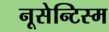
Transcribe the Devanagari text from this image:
नूसेन्टिस्म